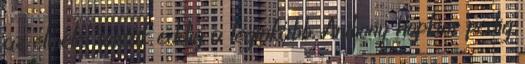
az elmélet tetszik eddig a leginkább. Anthony Hopkins pedig